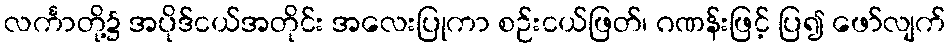
လင်္ကာတို့၌ အပိုဒ်ငယ်အတိုင်း အလေးပြုကာ စဉ်းငယ်ဖြတ်၊ ဂဏန်းဖြင့် ပြ၍ ဖော်လျက်